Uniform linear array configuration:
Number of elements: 4
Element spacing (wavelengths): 0.5
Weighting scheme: binomial
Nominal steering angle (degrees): -45
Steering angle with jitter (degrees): -46.44
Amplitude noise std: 0.05
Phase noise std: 0.05

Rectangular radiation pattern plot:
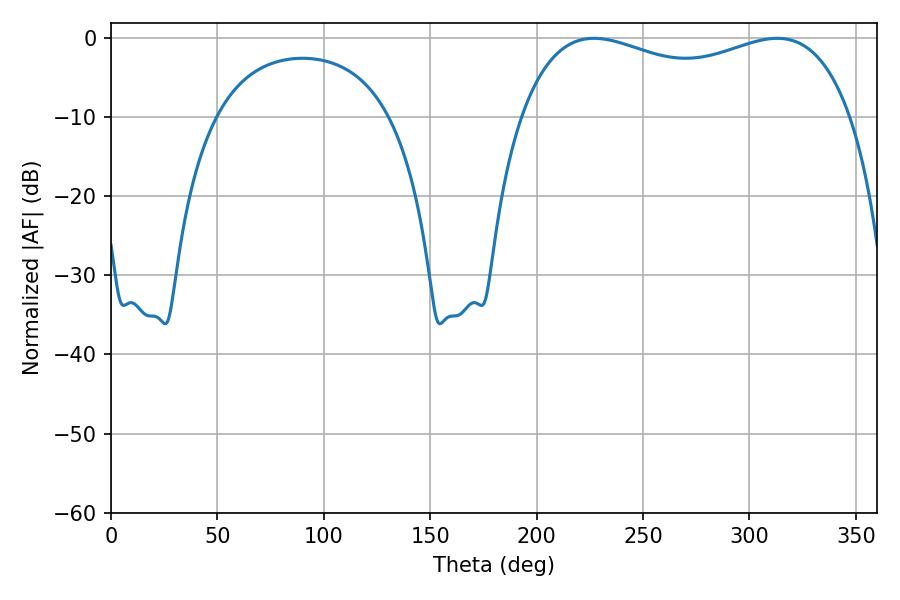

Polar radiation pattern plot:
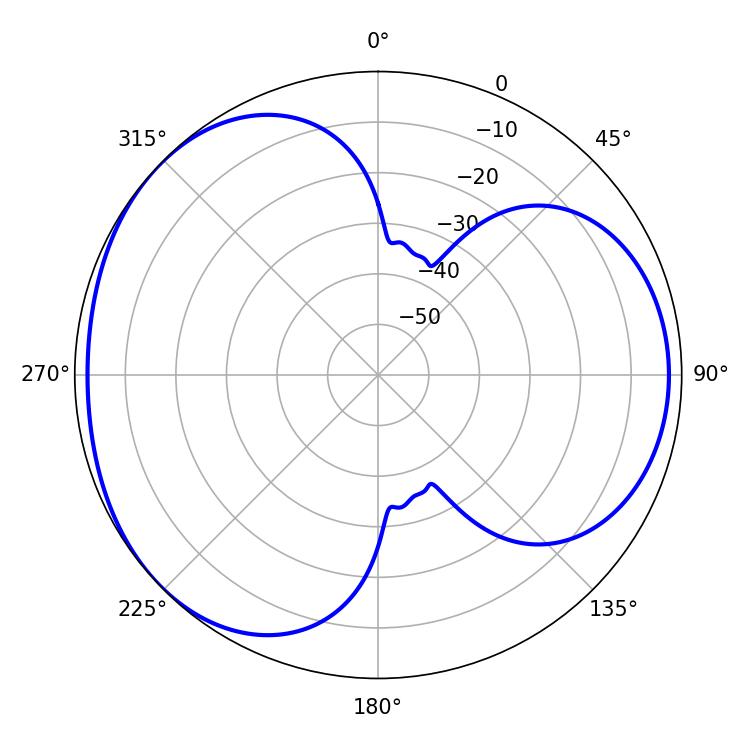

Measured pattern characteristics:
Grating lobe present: FALSE
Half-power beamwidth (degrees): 127.8
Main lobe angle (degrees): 226.98